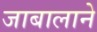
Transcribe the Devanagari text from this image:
जाबालाने